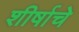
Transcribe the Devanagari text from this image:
शीर्षाचे